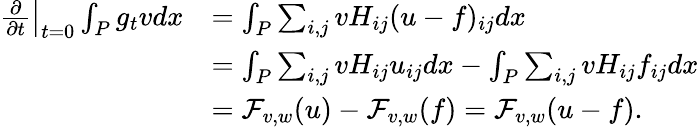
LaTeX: \begin{array}{rl}{\left.\frac{\partial}{\partial t}\right|_{t=0}\int_{P}g_{t}vdx}&{=\int_{P}\sum_{i,j}vH_{ij}(u-f)_{ij}dx}\\ &{=\int_{P}\sum_{i,j}vH_{ij}u_{ij}dx-\int_{P}\sum_{i,j}vH_{ij}f_{ij}dx}\\ &{=\mathcal{F}_{v,w}(u)-\mathcal{F}_{v,w}(f)=\mathcal{F}_{v,w}(u-f).}\end{array}